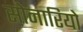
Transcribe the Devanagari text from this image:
सोनारियो